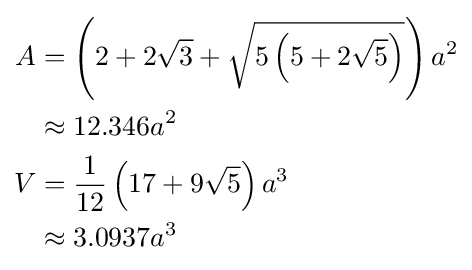
{\begin{aligned}A&=\left(2+2{\sqrt {3}}+{\sqrt {5\left(5+2{\sqrt {5}}\right)}}\right)a^{2}\\&\approx 12.346a^{2}\\V&={\frac {1}{12}}\left(17+9{\sqrt {5}}\right)a^{3}\\&\approx 3.0937a^{3}\end{aligned}}